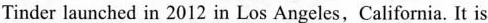
Tinder launched in 2012 in Los Angeles,California. It is